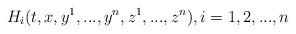
LaTeX: \begin{align*}H_i(t, x, y^1,...,y^n,z^1,...,z^n),i=1,2,...,n\end{align*}